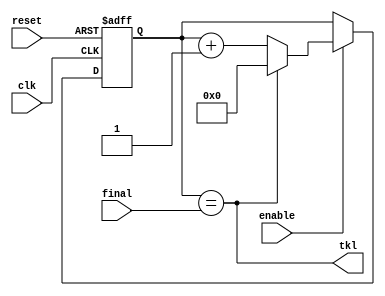
module timer #(parameter bits=10 )(
input clk ,
input enable,
input reset,
input [9:0]final,
output tkl 

); 
 

reg   [10:0 ] Q_next , Q_reg;
//counter register 
always @(posedge clk or negedge reset )
 begin
 if(~reset)
   Q_reg <= 0;
   else if(enable)
     Q_reg <= Q_next;
   end 
   
   //output logic
 assign   tkl = (Q_reg==final) ;
 //nex state logic 
 always @(*)
 Q_next <= tkl? 0: (Q_reg+1) ;
 
 endmodule